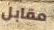
مقابل